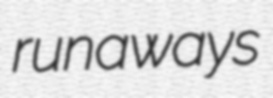
runaways